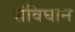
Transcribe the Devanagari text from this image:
संविघान